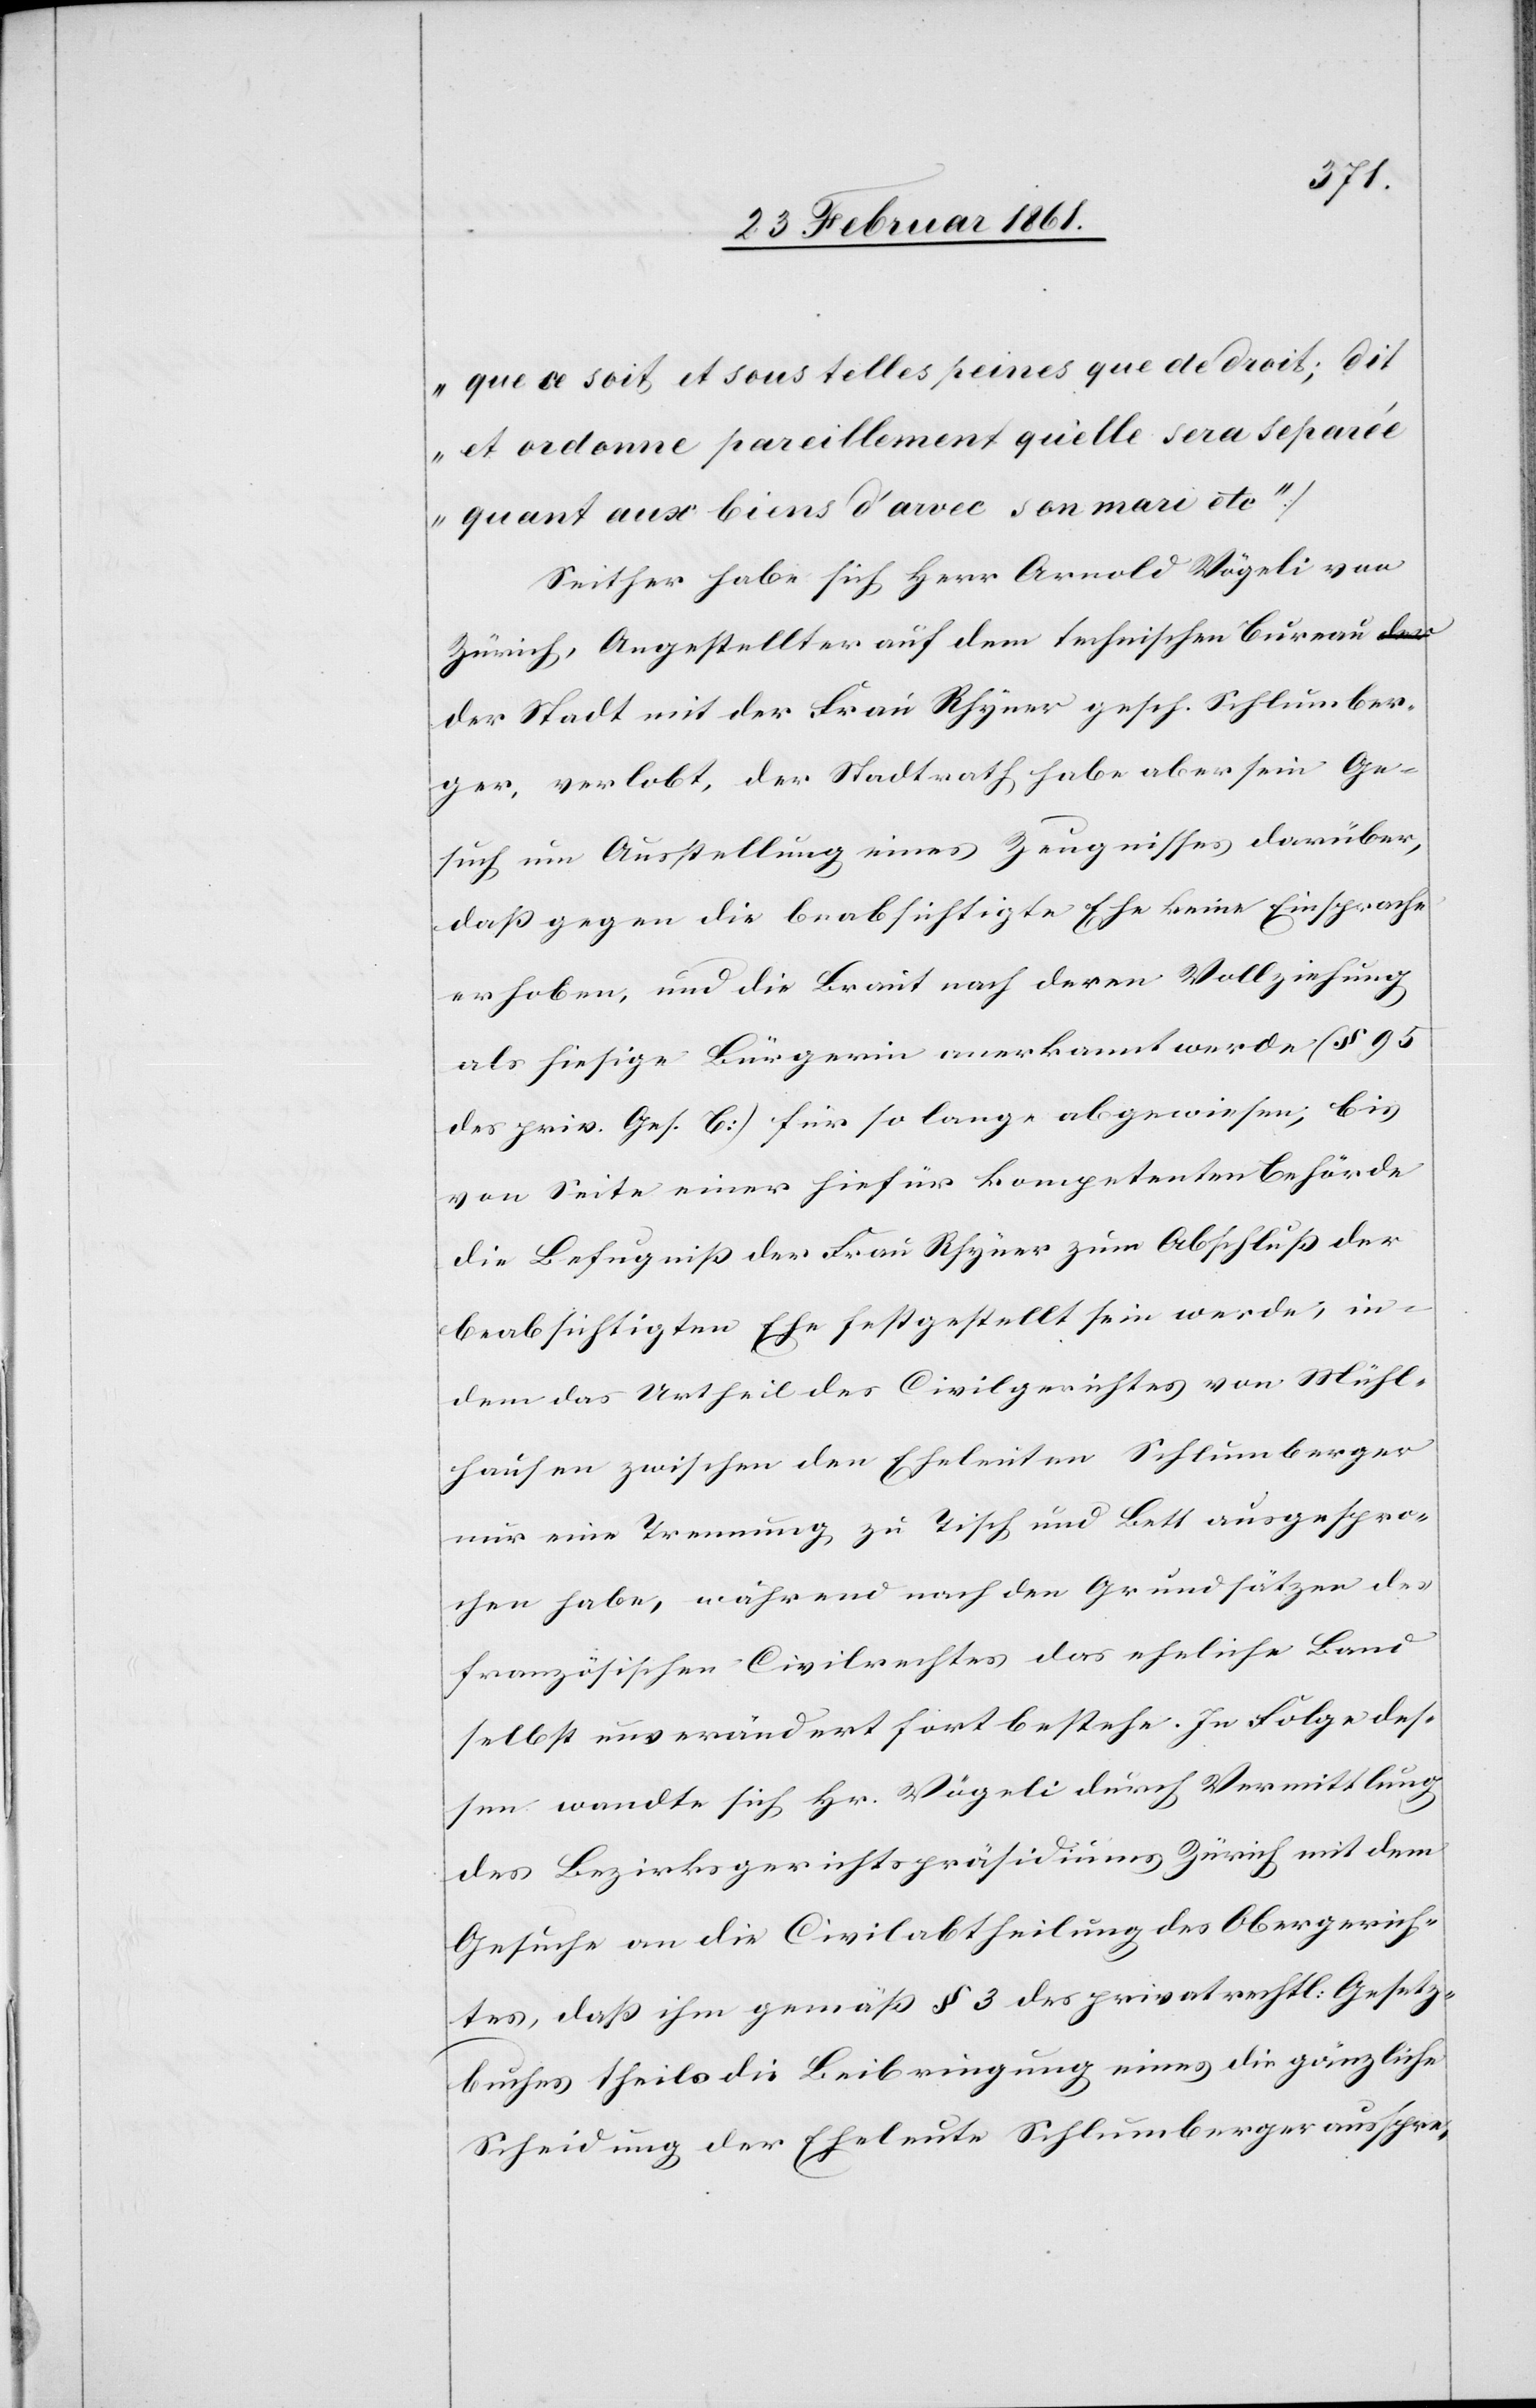
que ce soit, et sous telles peines que de droit; dit
et ordonne pareillement qu’elle sera separée
quant aux biens d’avec son mari etc.“)
Seither habe sich Herr Arnold Vögeli von
Zürich, Angestellter auf dem technischen Bureau d¬
er Stadt mit der Frau Rhyner gesch. Schlumber¬
ger, verlobt, der Stadtrath habe aber sein Ge¬
such um Ausstellung eines Zeugnisses darüber,
dass gegen die beabsichtigte Ehe keine Einsprache
erhoben, und die Braut nach deren Vollziehung
als hiesige Bürgerin anerkannt werde (§ 95
des priv. Ges. B:) für so lange abgewiesen, bis
von Seite einer hiefür kompetenten Behörde
die Befugniss der Frau Rhyner zum Abschluss der
beabsichtigten Ehe festgestellt sein werde, in¬
dem das Urtheil des Civilgerichtes von Mühl¬
hausen zwischen den Eheleuten Schlumberger
nur eine Trennung zu Tisch und Bett ausgespro¬
chen habe, während nach den Grundsätzen des
französischen Civilrechtes das eheliche Band
selbst unverändert fortbestehe. In Folge des¬
sen wandte sich Hr. Vögeli durch Vermittlung
des Bezirksgerichtspräsidiums Zürich mit dem
Gesuche an die Civilabtheilung des Obergerich¬
tes, dass ihm gemäss § 3 des piravtrechtl. Gesetz¬
buches theils die Beibringung eines die gänzliche
Scheidung der Eheleute Schlumberger ausspre-